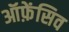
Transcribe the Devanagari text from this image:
ऑफ़ेंसिव